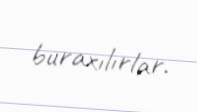
buraxılırlar.